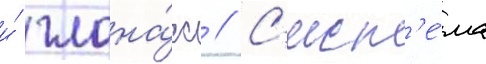
и́ глона́сс // С'ист'е́ма